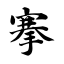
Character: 搴